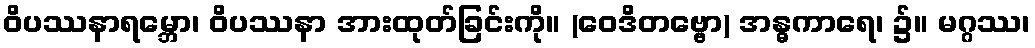
ဝိပဿနာရမ္ဘော၊ ဝိပဿနာ အားထုတ်ခြင်းကို။ (ဝေဒိတဗ္ဗော) အန္ဓကာရေ၊ ၌။ မဂ္ဂဿ၊